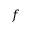
f